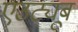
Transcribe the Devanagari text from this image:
एउट्यूब